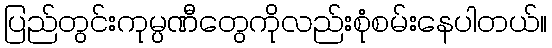
ပြည်တွင်းကုမ္ပဏီတွေကိုလည်းစုံစမ်းနေပါတယ်။